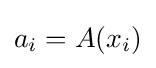
a_{i}=A(x_{i})